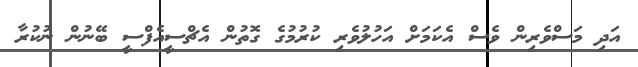
އަދި މަސްވެރިން ވެސް އެކަމަށް އަހުލުވެރި ކުރުމުގެ ގޮތުން އެޗްސީއެފްސީ ބޭނުން ނުކުރާ